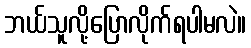
ဘယ်သူလို့ပြောလိုက်ရပါမလဲ။